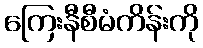
ကြေးနီစီမံကိန်းကို